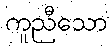
ကူညီသော